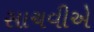
સાચવીએ